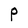
Character: P